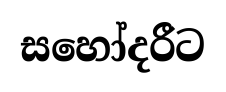
සහෝදරීට